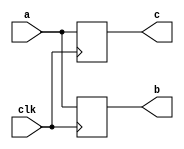
module block(c,b,a,clk);
output c,b;
input clk,a;
reg c,b;
always @(posedge clk)
  begin
  b=a;
  c=b;
  end
endmodule